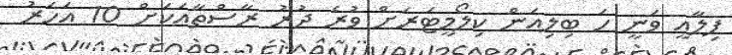
ފިލާއީ ވަނީ ހަ ބިލިއަން ކިލޯމީޓަރަށް ވުރެ ދުރު ރާސްތާއަކަށް 10 އަހަރު